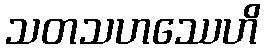
သတသဟဿေဟိ